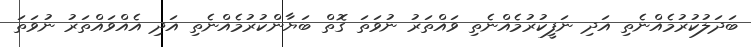
ބަދަލުކުރުމެއްނެތި އަދި ނަފީކުރުމެއްނެތި ވައްތަރު ނުވަތަ ގޮތް ބަޔާންކުރުމެއްނެތި އަދި އެއްވައްތަރު ނުވަތަ